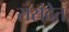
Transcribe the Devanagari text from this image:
ससंदेत